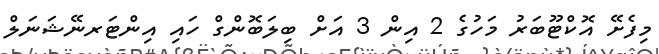
މިފެށޭ އޮކްޓޫބަރު މަހުގެ 2 އިން 3 އަށް ބިލަބޮންގް ހައި އިންޓަރނޭޝަނަލް